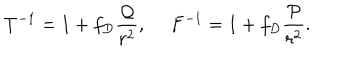
T ^ { - 1 } = 1 + f _ { D } { \frac { \cal Q } { r ^ { 2 } } } , \ F ^ { - 1 } = 1 + f _ { D } { \frac { \cal P } { r ^ { 2 } } } .